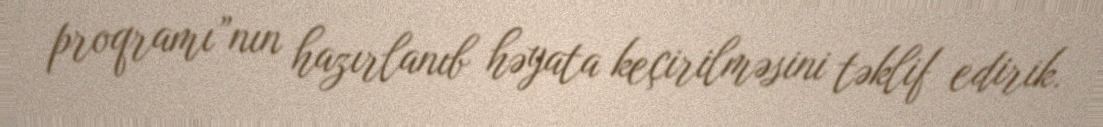
proqramı”nın hazırlanıb həyata keçirilməsini təklif edirik.